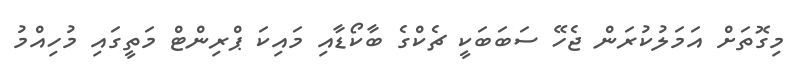
މިގޮތަށް އަމަލުކުރަން ޖެހޭ ސަބަބަކީ ޗެކްގެ ބާކޯޑާއި މައިކަ ޕްރިންޓް މަތީގައި މުހިއްމު